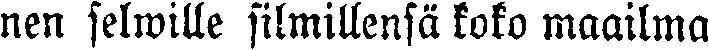
nen selwille silmillensä koko maailma